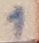
Text: 1